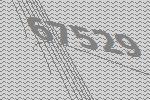
67529